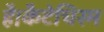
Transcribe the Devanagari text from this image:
है।कैटेचिस्म